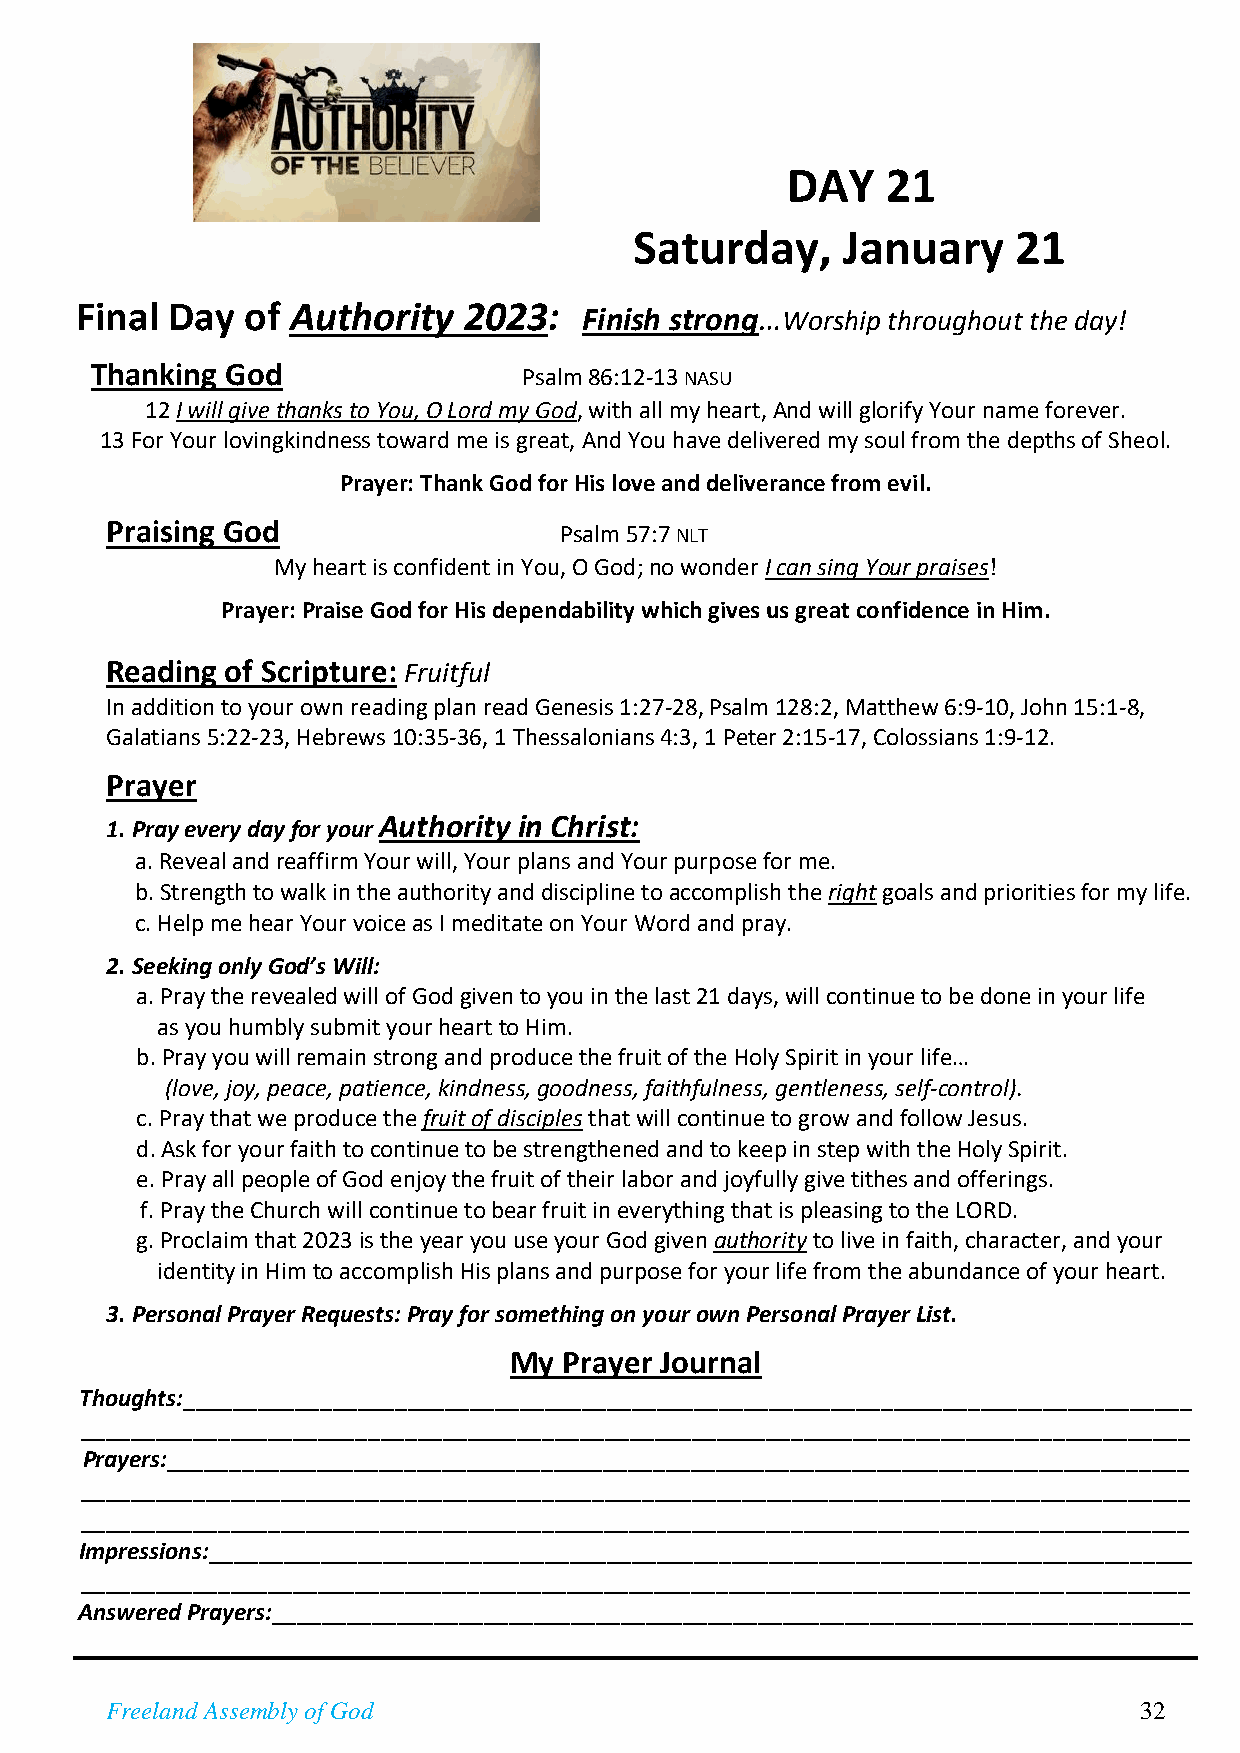
DAY    21
 Saturday,     January    21
 Final Day  of Authority   2023:
 Finish strong…Worship throughout the day!
 Thanking God                 Psalm 86:12-13 NASU
 12 I will give thanks to You, O Lord my God, with all my heart, And will glorify Your name forever.
 13 For Your lovingkindness toward me is great, And You have delivered my soul from the depths of Sheol.
 Prayer: Thank God for His love and deliverance from evil.
 Praising God                  Psalm 57:7 NLT
 My heart is confident in You, O God; no wonder I can sing Your praises!
 Prayer: Praise God for His dependability which gives us great confidence in Him.
 Reading of Scripture: Fruitful
 In addition to your own reading plan read Genesis 1:27-28, Psalm 128:2, Matthew 6:9-10, John 15:1-8,
 Galatians 5:22-23, Hebrews 10:35-36, 1 Thessalonians 4:3, 1 Peter 2:15-17, Colossians 1:9-12.
 Prayer
 1. Pray every day for your Authority in Christ:
 a. Reveal and reaffirm Your will, Your plans and Your purpose for me.
 b. Strength to walk in the authority and discipline to accomplish the right goals and priorities for my life.
 c. Help me hear Your voice as I meditate on Your Word and pray.
 2. Seeking only God’s Will:
 a. Pray the revealed will of God given to you in the last 21 days, will continue to be done in your life
 as you humbly submit your heart to Him.
 b. Pray you will remain strong and produce the fruit of the Holy Spirit in your life…
 (love, joy, peace, patience, kindness, goodness, faithfulness, gentleness, self-control).
 c. Pray that we produce the fruit of disciples that will continue to grow and follow Jesus.
 d. Ask for your faith to continue to be strengthened and to keep in step with the Holy Spirit.
 e. Pray all people of God enjoy the fruit of their labor and joyfully give tithes and offerings.
 f. Pray the Church will continue to bear fruit in everything that is pleasing to the LORD.
 g. Proclaim that 2023 is the year you use your God given authority to live in faith, character, and your
 identity in Him to accomplish His plans and purpose for your life from the abundance of your heart.
 3. Personal Prayer Requests: Pray for something on your own Personal Prayer List.
 My Prayer Journal
 Thoughts:_________________________________________________________________________________
 _________________________________________________________________________________________
 Prayers:__________________________________________________________________________________
 _________________________________________________________________________________________
 _________________________________________________________________________________________
 Impressions:_______________________________________________________________________________
 _________________________________________________________________________________________
 Answered Prayers:__________________________________________________________________________
 Freeland Assembly of God                                            32